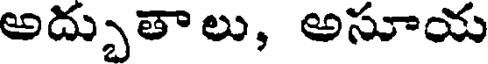
అద్భుతాలు, అసూయ